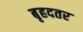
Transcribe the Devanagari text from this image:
बृहदतर